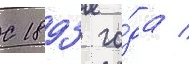
С 1893 го́да /